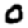
Digit: 0